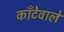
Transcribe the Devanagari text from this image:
काँटेवाले